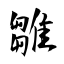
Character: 雛